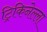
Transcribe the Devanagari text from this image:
ट्रिकिनेल्ला